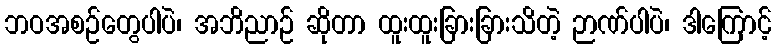
ဘဝအစဉ်တွေပါပဲ၊ အဘိညာဉ် ဆိုတာ ထူးထူးခြားခြားသိတဲ့ ဉာဏ်ပါပဲ၊ ဒါကြောင့်